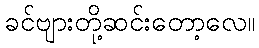
ခင်ဗျားတို့ဆင်းတော့လေ။